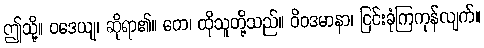
ဤသို့။ ဝဒေယျ၊ ဆိုရာ၏။ တေ၊ ထိုသူတို့သည်။ ဝိဝဒမာနာ၊ ငြင်းခုံကြကုန်လျက်။